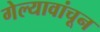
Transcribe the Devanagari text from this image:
गेल्यावांचून